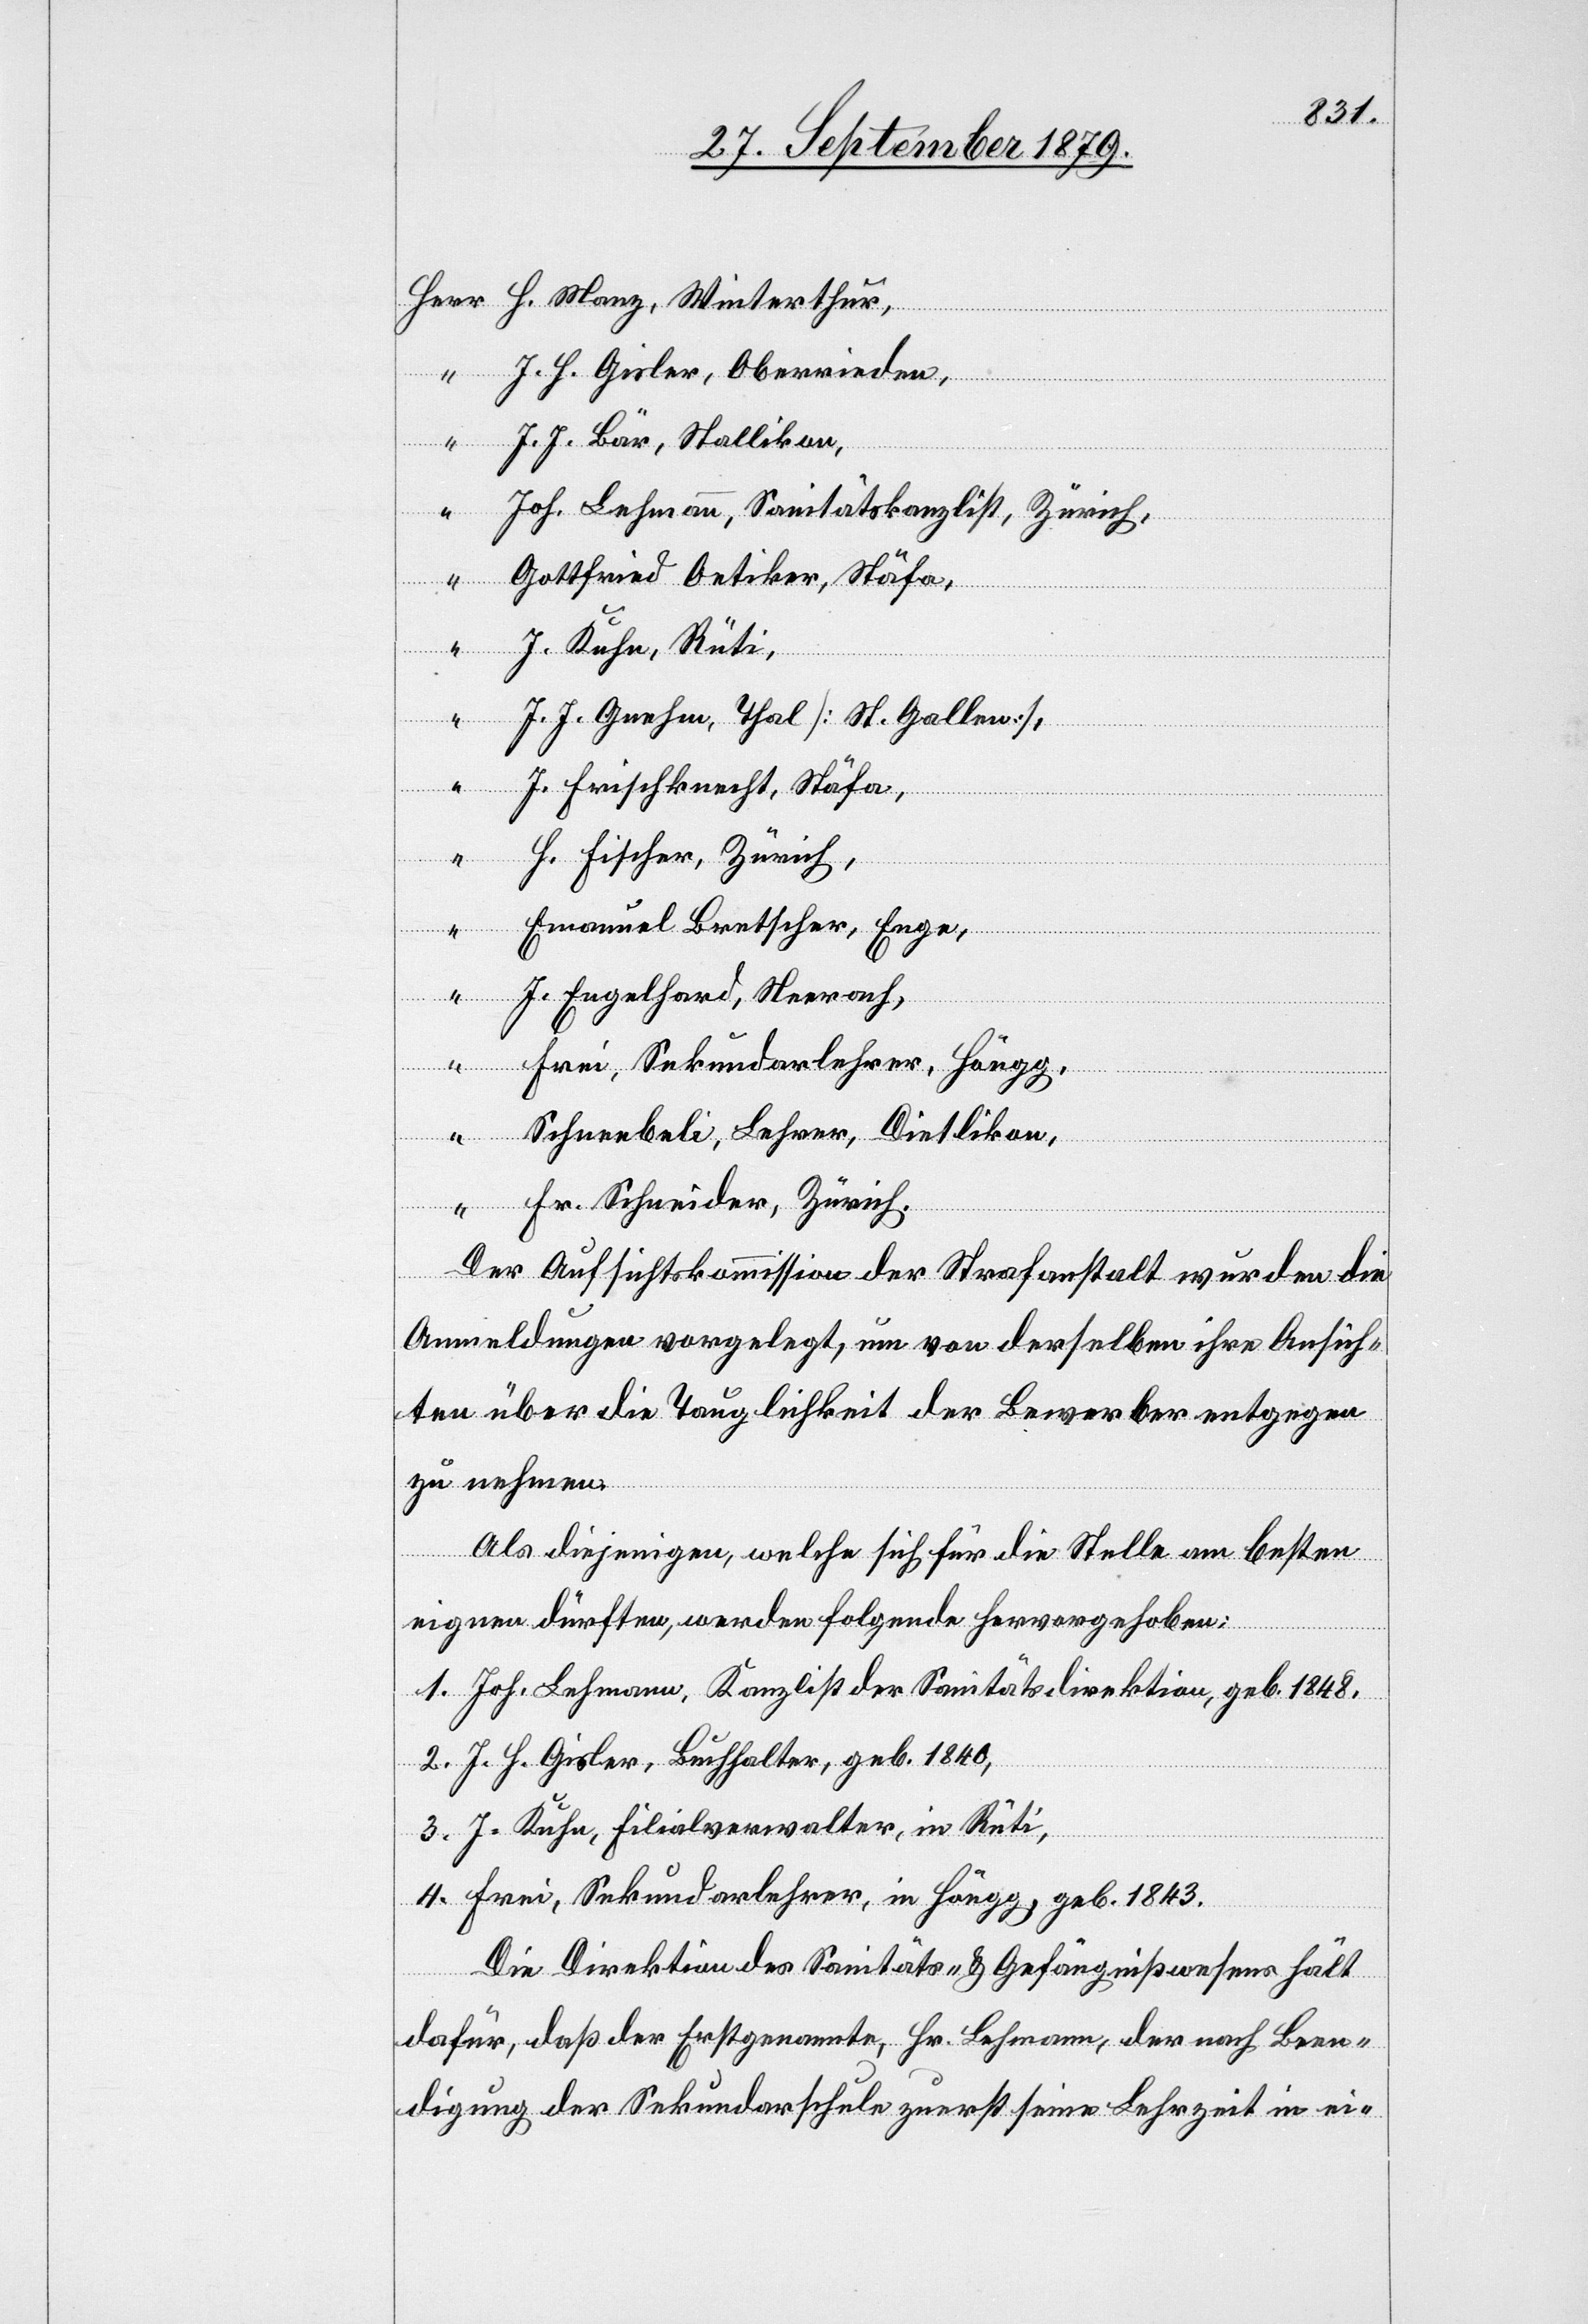
Herr H. Manz, Winterthur,
“ J. H. Gisler, Oberrieden,
“ J. J. Bär, Stallikon,
“
Joh. Lehmann, Sanitätskanzlist, Zürich,
Gottfried Oetiker, Stäfa,
J. Kuhn, Rüti,
“
J. J. Gnehm, Thal [St. Gallen],
“
J. Frischknecht, Stäfa,
H. Fischer, Zürich,
Emanuel Bretscher, Enge,
J. Engelhard, Neerach,
Frei, Sekundarlehrer, Höngg,
Schneebeli, Lehrer, Dietlikon,
“
Fr. Schneider, Zürich.
Der Aufsichtskommission der Strafanstalt wurden die
Anmeldungen vorgelegt, um von derselben ihre Ansich¬
ten über die Tauglichkeit der Bewerber entgegen
zu nehmen.
Als diejenigen, welche sich für die Stelle am besten
eignen dürften, werden folgende hervorgehoben:
1. Joh. Lehmann, Kanzlist der Sanitätsdirektion, geb. 1848.
2. J. H. Gisler, Buchhalter, geb. 1840,
3. J. Kuhn, Filialverwalter, in Rüti,
4. Frei, Sekundarlehrer, in Höngg, geb. 1843.
Die Direktion des Sanitäts- & Gefängnißwesens hält
dafür, daß der Erstgenannte, Hr. Lehmann, der nach Been¬
digung der Sekundarschule zuerst seine Lehrzeit in ei-